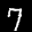
Label: 7